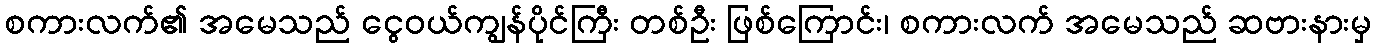
စကားလက်၏ အမေသည် ငွေဝယ်ကျွန်ပိုင်ကြီး တစ်ဦး ဖြစ်ကြောင်း၊ စကားလက် အမေသည် ဆဗားနားမှ